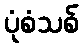
ပုံစံသစ်